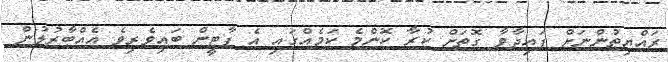
ރައްޔިތުންނަށް ފައިދާވާ ގޮތަށް ކުރާ ކޮންމެ ކަމެއްގައި އެ ޕާޓީން ބައިވެރިވެ އެއްބާރުލުން